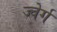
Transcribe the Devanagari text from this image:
ज्वेर्ग